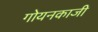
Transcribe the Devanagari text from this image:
गोयनकाजी